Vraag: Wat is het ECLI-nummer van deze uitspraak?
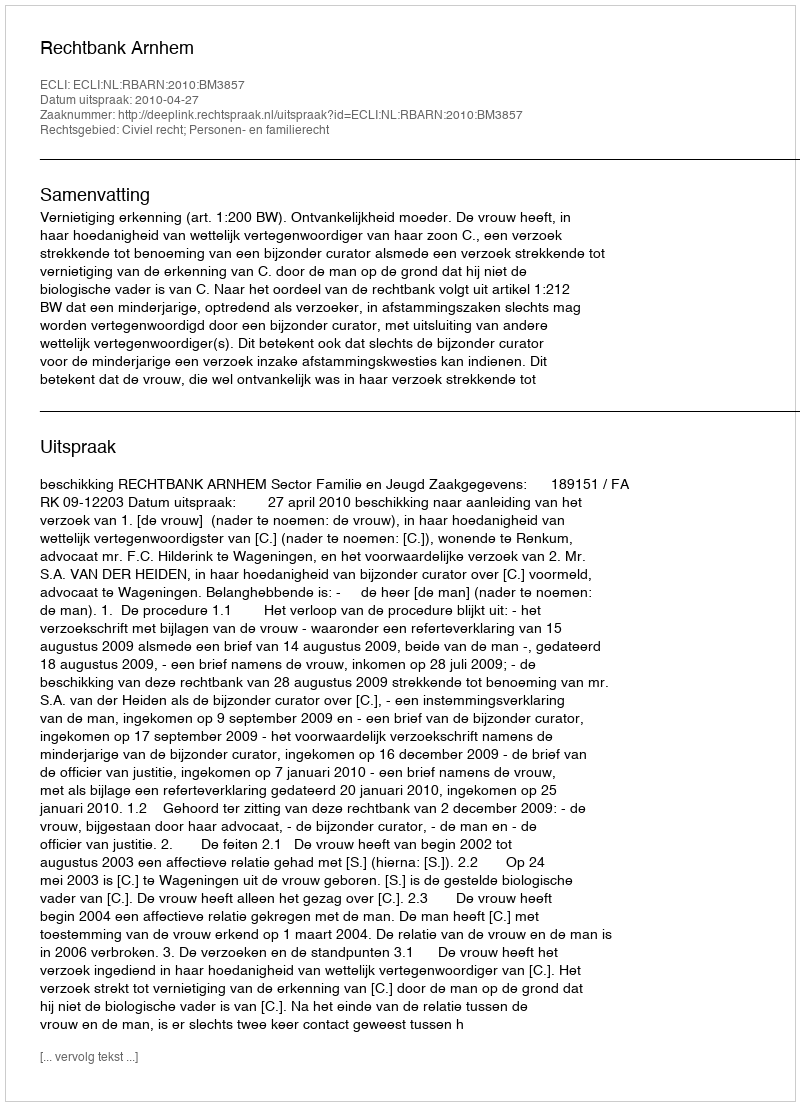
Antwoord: ECLI:NL:RBARN:2010:BM3857